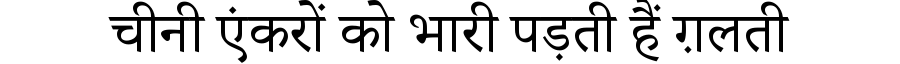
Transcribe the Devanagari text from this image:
चीनी एंकरों को भारी पड़ती हैं ग़लती